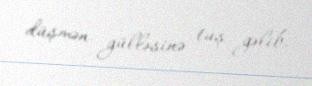
düşmən gülləsinə tuş gəlib.